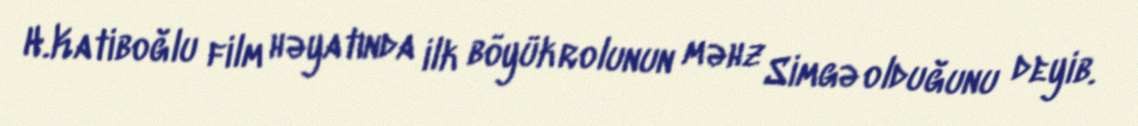
H.Katiboğlu film həyatında ilk böyük rolunun məhz Simgə olduğunu deyib.